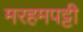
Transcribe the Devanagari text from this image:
मरहमपट्टी